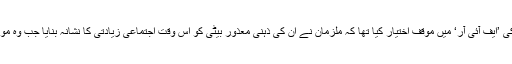
متاثرہ خاتون کے والد خیر محمد کھوسو نے واقعے کی ’ایف آئی آر‘ میں موقف اختیار کیا تھا کہ ملزمان نے ان کی ذہنی معذور بیٹی کو اس وقت اجتماعی زیادتی کا نشانہ بنایا جب وہ مویشیوں کے لیے چارہ اکٹھا کرنے میں مصروف تھی۔